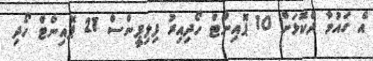
އެ ގައުމާ ދެކޮޅަށް 10 ޕޮއިންޓް ހޯދިއިރު ފިލިޕީންސް 21 ޕޮއިންޓް ހޯދި